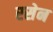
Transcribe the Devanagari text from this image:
रसेन